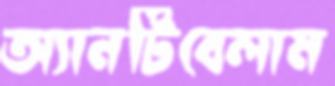
অ্যানটিবেলাম